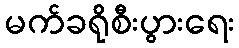
မက်ခရိုစီးပွားရေး